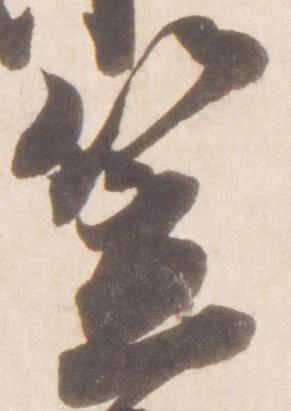
笠